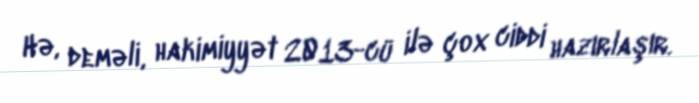
Hə, deməli, hakimiyyət 2013-cü ilə çox ciddi hazırlaşır.